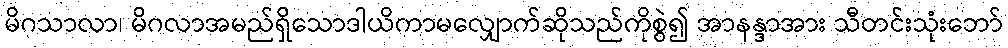
မိဂသာလာ၊ မိဂလာအမည်ရှိသောဒါယိကာမလျှောက်ဆိုသည်ကိုစွဲ၍ အာနန္ဒာအား သီတင်းသုံးဘော်